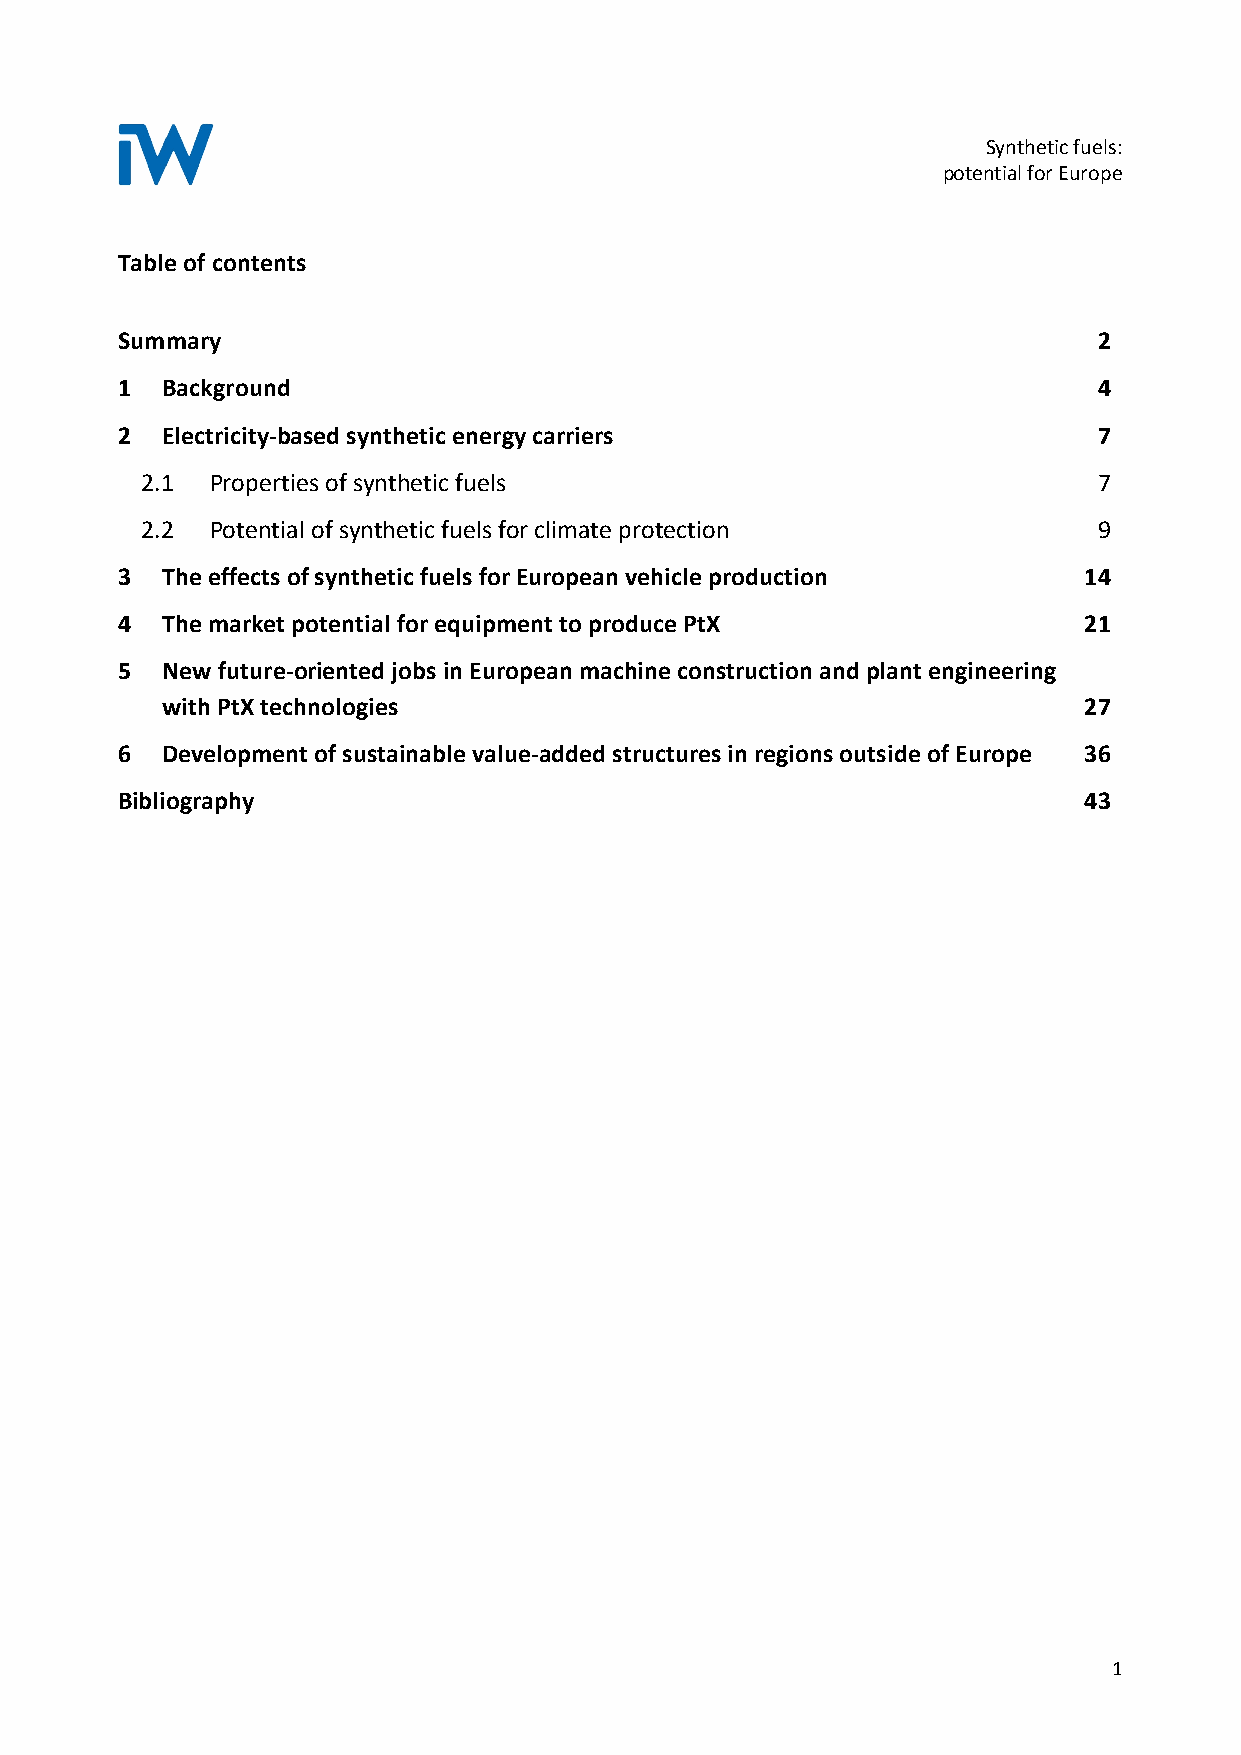
Synthetic fuels:
 potential for Europe
 Table of contents
 Summary                                                          2
 1  Background                                                    4
 2  Electricity-based synthetic energy carriers                   7
 2.1  Properties of synthetic fuels                              7
 2.2  Potential of synthetic fuels for climate protection        9
 3  The effects of synthetic fuels for European vehicle production 14
 4  The market potential for equipment to produce PtX            21
 5  New future-oriented jobs in European machine construction and plant engineering
 with PtX technologies                                        27
 6  Development of sustainable value-added structures in regions outside of Europe 36
 Bibliography                                                    43
 1